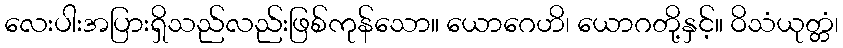
လေးပါးအပြားရှိသည်လည်းဖြစ်ကုန်သော။ ယောဂေဟိ၊ ယောဂတို့နှင့်။ ဝိသံယုတ္တံ၊